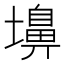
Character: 𪤨